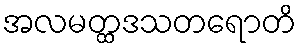
အလမတ္ထဒသတရောတိ